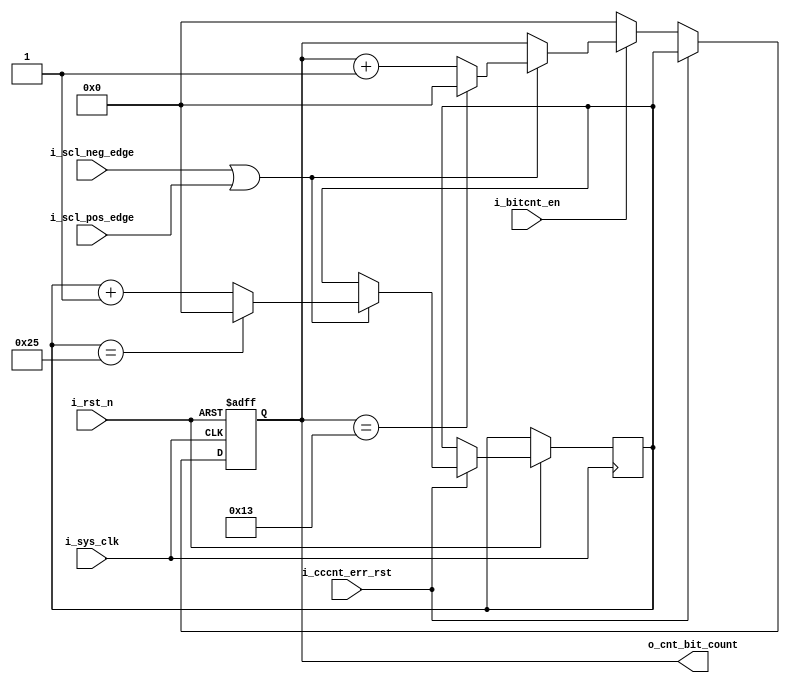


module bits_counter(
    input  wire       i_sys_clk              ,
    input  wire       i_rst_n                ,
    input  wire       i_bitcnt_en            ,  
    input  wire       i_scl_pos_edge         ,  
    input  wire       i_scl_neg_edge         , 
    input  wire       i_cccnt_err_rst        , 
    output reg  [5:0] o_cnt_bit_count = 6'd0
    );

reg [5:0] err_count = 6'd0 ;
////////////////////////////////////// there is 2 versions of the bits counter uncomment only one of them ////////////////////////////////////////


// sequential version the counter is incremented in the middle of the SCL period 

always @(posedge i_sys_clk or negedge i_rst_n) begin 
    if(~i_rst_n) begin
        o_cnt_bit_count <= 0 ;
    end 
    else begin 
        if (i_cccnt_err_rst) begin 
            if (i_scl_neg_edge || i_scl_pos_edge) begin 
                if (err_count == 6'd37) begin 
                    err_count <= 6'd0 ;                     // from 0 to 37 it won't reach 38 
                end
                else begin 
                    err_count <= err_count + 1 ; 
                end  
            end
        o_cnt_bit_count <= err_count ;
        
        end 

        else if (i_bitcnt_en) begin 
            if (i_scl_neg_edge || i_scl_pos_edge) begin 
                if (o_cnt_bit_count == 6'd19) begin 
                    o_cnt_bit_count <= 6'd0 ;                     // from 0 to 19 it won't reach 20 
                end
                else begin 
                    o_cnt_bit_count <= o_cnt_bit_count + 1 ; 
                end  
            end 
        end 
        else begin 
            o_cnt_bit_count <= 6'd0 ;
        end 
    end
end

/*
// combinational version the counter is incremented as soon as pos or neg edge of SCL happen 

always @(*) begin 
    if (i_bitcnt_en) begin 
        if (i_cccnt_err_rst) begin 
            if (i_scl_neg_edge || i_scl_pos_edge) begin 
                if (o_cnt_bit_count == 6'd37) begin 
                    o_cnt_bit_count = 6'd0 ;                     // from 0 to 37 it won't reach 38 
                end
                else begin 
                    o_cnt_bit_count = o_cnt_bit_count + 1 ; 
                end  
            end
        end 
        else begin 
            if (i_scl_neg_edge || i_scl_pos_edge) begin 
                if (o_cnt_bit_count == 6'd19) begin 
                    o_cnt_bit_count = 6'd0 ;                     // from 0 to 19 it won't reach 20 
                end
                else begin 
                    o_cnt_bit_count = o_cnt_bit_count + 1 ; 
                end  
            end
        end     
             
    end 
    else begin 
        o_cnt_bit_count = 6'd0 ;
    end 
end
*/

endmodule